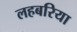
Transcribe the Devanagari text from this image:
लहबरिया